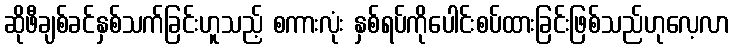
ဆိုဖီချစ်ခင်နှစ်သက်ခြင်းဟူသည့် စကားလုံး နှစ်ရပ်ကိုပေါင်းစပ်ထားခြင်းဖြစ်သည်ဟုလေ့လာ